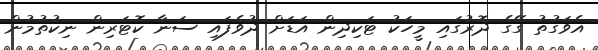
އެވަގުތު ގޭގެ ދޮރުގައި މީހަކު ޓަކިދިން އަޑަށް ދުވެފައި ސަނާ ކޮޓަރިން ނިކުތުމުން